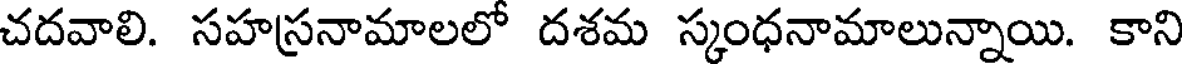
చదవాలి. సహస్రనామాలలో దశమ స్కంధనామాలున్నాయి. కాని